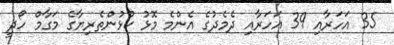
35 އަހަރާއި 39 އަހަރާއި ދެމެދުގެ އެންމެ މޮޅު ކުޅުންތެރިޔާގެ މަގާމް ހޯދީ